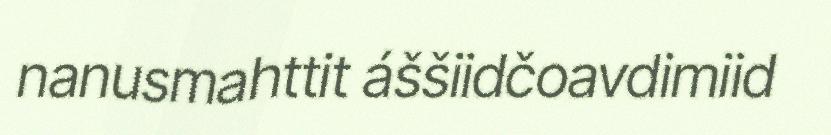
nanusmahttit áššiidčoavdimiid